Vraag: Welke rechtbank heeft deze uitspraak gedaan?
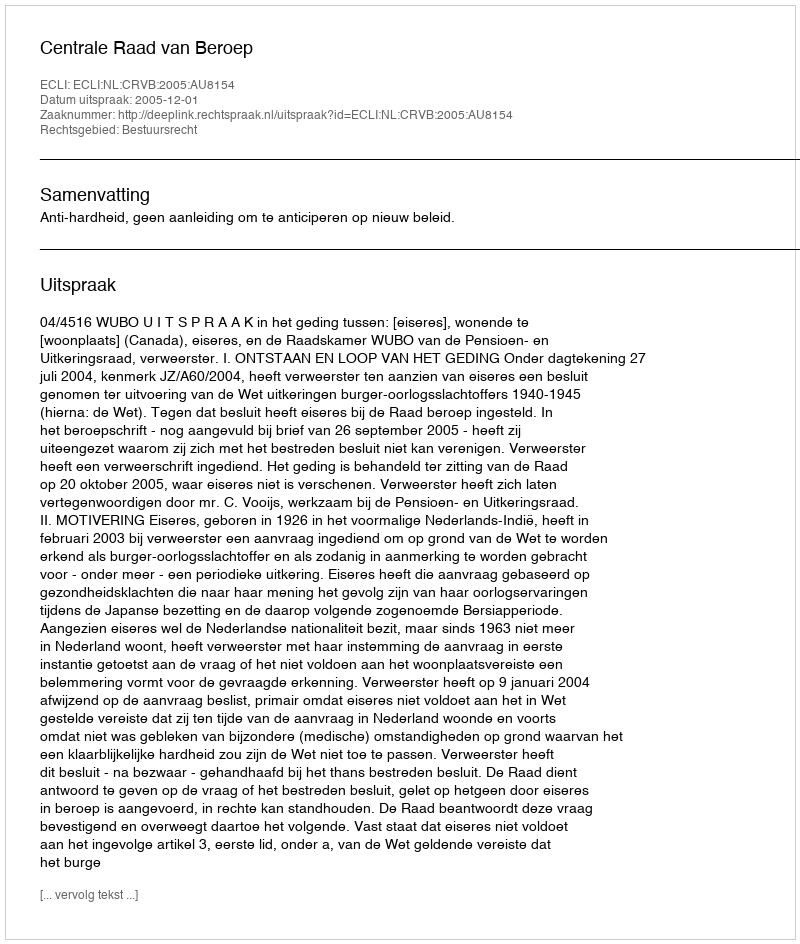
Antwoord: Centrale Raad van Beroep